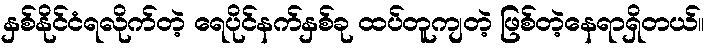
နှစ်နိုင်ငံရလိုက်တဲ့ ရေပိုင်နက်နှစ်ခု ထပ်တူကျတဲ့ ဖြစ်တဲ့နေရာရှိတယ်။